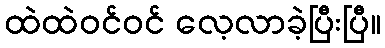
ထဲထဲဝင်ဝင် လေ့လာခဲ့ပြီးပြီ။